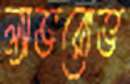
ল্যাভরোভ